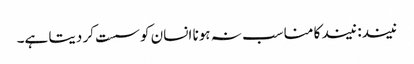
نیند: نیند کا مناسب نہ ہونا انسان کو سست کر دیتا ہے۔